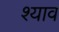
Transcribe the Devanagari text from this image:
श्याव